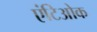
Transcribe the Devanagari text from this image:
एंटिओक